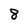
Character: 8